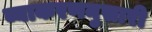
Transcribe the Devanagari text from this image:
व्याकरणनुसारी